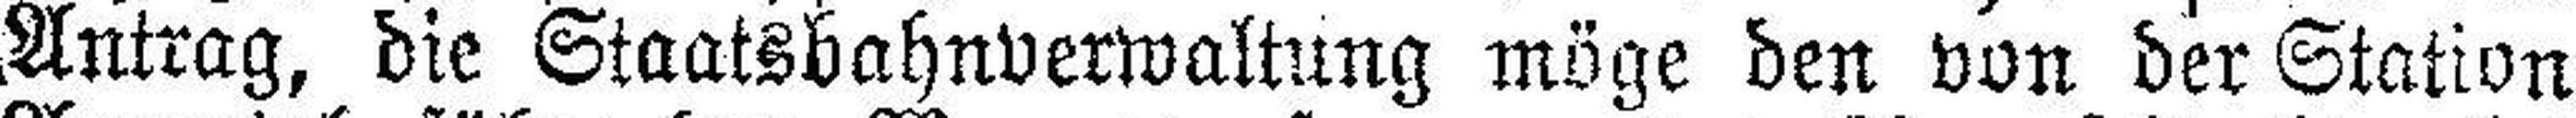
Antrag, die Staatsbahnverwaltung möge den von der Station